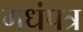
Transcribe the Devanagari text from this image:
गधंपत्र